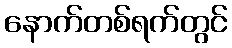
နောက်တစ်ရက်တွင်